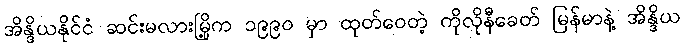
အိန္ဒိယနိုင်ငံ ဆင်းမလားမြို့က ၁၉၉၀ မှာ ထုတ်ဝေတဲ့ ကိုလိုနီခေတ် မြန်မာနဲ့ အိန္ဒိယ